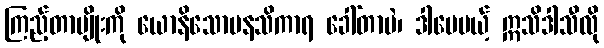
ကြည့်တာမျိုးကို ယောနိသောမနသိကာရ ခေါ်တာပဲ၊ ဒါပေမယ့် ဣသိဒါသီလို